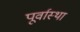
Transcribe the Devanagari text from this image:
पूर्वास्था